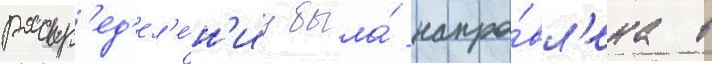
распр'ед'ел'е́н'иу была́ напра́вл'ена в